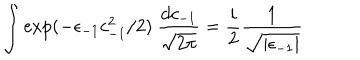
LaTeX: \int \exp ( - \epsilon _ { - 1 } c _ { - 1 } ^ { 2 } / 2 ) \ { \frac { d c _ { - 1 } } { \sqrt { 2 \pi } } } = { \frac { i } { 2 } } { \frac { 1 } { \sqrt { \vert \epsilon _ { - 1 } \vert } } }